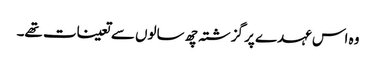
وہ اس عہدے پر گزشتہ چھ سالوں سے تعینات تھے۔